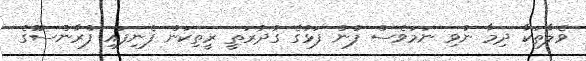
ވެލާތަކާ ދިމާ ނުވި ނަމަވެސް ފުން ފަޅުގެ ގުދުރަތީ ރީތިކަން ފެނިފައި ފްރާންސުުގެ